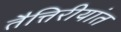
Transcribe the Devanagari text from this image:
तैत्तिरीयांत